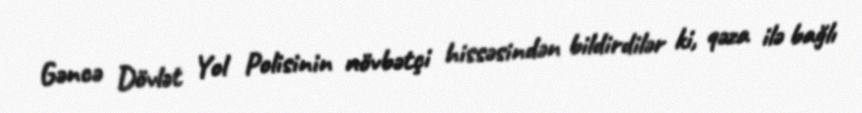
Gəncə Dövlət Yol Polisinin növbətçi hissəsindən bildirdilər ki, qəza ilə bağlı